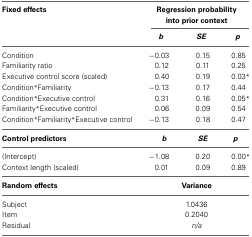
| Fixed effects | <COLSPAN=3> Regression probability into prior context |
 |  | b | SE | p |
 | --- | --- | --- | --- |
 | Condition | −0.03 | 0.15 | 0.85 |
 | Familiarity ratio | 0.12 | 0.11 | 0.25 |
 | Executive control score (scaled) | 0.40 | 0.19 | 0.03* |
 | Condition*Familiarity | −0.13 | 0.17 | 0.44 |
 | Condition*Executive control | 0.31 | 0.16 | 0.05* |
 | Familiarity*Executive control | 0.06 | 0.09 | 0.54 |
 | Condition*Familiarity*Executive control | −0.13 | 0.18 | 0.47 |
 | Control predictors | b | SE | p |
 | (Intercept) | −1.08 | 0.20 | 0.00* |
 | Context length (scaled) | 0.01 | 0.09 | 0.89 |
 | Random effects | <COLSPAN=3> Variance |
 | Subject | <COLSPAN=3> 1.0436 |
 | Item | <COLSPAN=3> 0.2040 |
 | Residual | <COLSPAN=3> n/a |